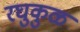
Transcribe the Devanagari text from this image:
रघुकुळ